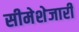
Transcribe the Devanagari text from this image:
सीमेशेजारी